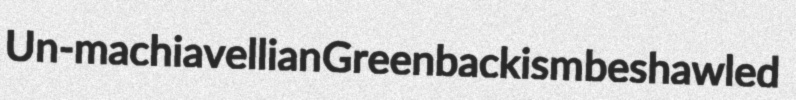
Un-machiavellian Greenbackism beshawled